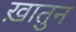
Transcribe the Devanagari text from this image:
ख़ातुन